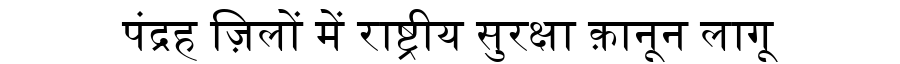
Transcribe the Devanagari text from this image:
पंद्रह ज़िलों में राष्ट्रीय सुरक्षा क़ानून लागू